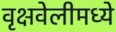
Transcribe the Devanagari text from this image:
वृक्षवेलीमध्ये